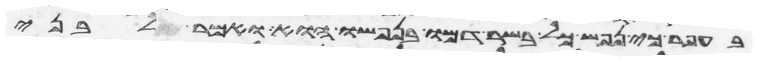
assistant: בעפר כי נפש כל בשר דמו בנפשו הוא ואמר לבני